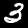
Digit: 3